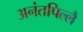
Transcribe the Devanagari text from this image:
अनंतपिल्लै